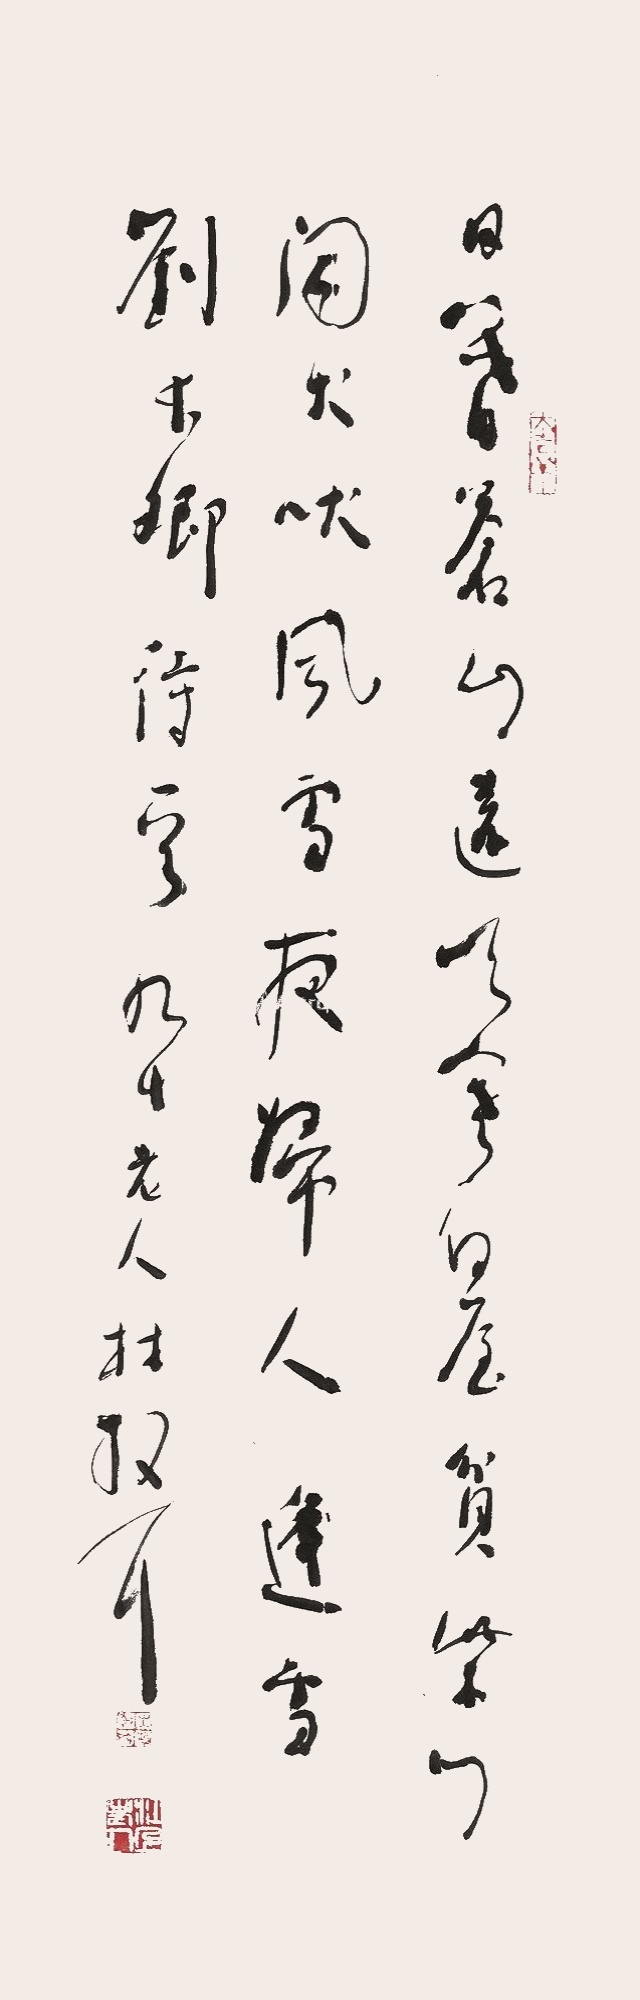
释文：日暮苍山远，天寒白屋贫。柴门闻犬吠，风雪夜归人。逢雪。刘长卿诗一首，九十老人林散耳。